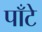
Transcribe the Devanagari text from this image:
पाँटे